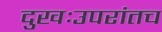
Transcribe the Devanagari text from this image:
दुखःउपरांतच